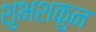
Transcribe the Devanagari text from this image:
शुभशकुन